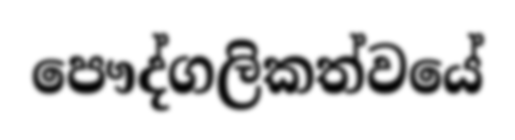
පෞද්ගලිකත්වයේ